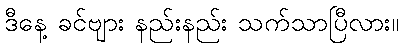
ဒီနေ့ ခင်ဗျား နည်းနည်း သက်သာပြီလား။